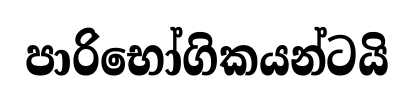
පාරිභෝගිකයන්ටයි